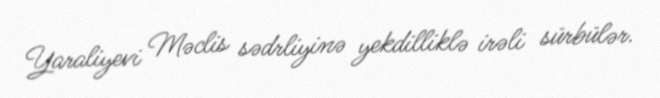
Yaraliyevi Məclis sədrliyinə yekdilliklə irəli sürbülər.